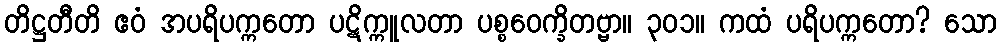
တိဋ္ဌတီတိ ဧဝံ အပရိပက္ကတော ပဋိက္ကူလတာ ပစ္စဝေက္ခိတဗ္ဗာ။ ၃၀၁။ ကထံ ပရိပက္ကတော? သော